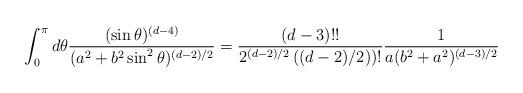
LaTeX: \begin{align*} \int_0^\pi d\theta {(\sin\theta)^{(d-4)}\over (a^2+b^2\sin^2\theta)^{(d-2)/2}}={(d-3)!!\over 2^{(d-2)/2}\left((d-2)/2)\right)!} {1\over a(b^2+a^2)^{(d-3)/2}}\end{align*}